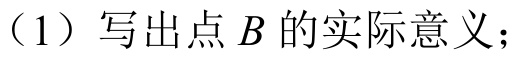
（1）写出点\(B\)的实际意义；